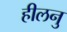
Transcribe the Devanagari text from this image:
हीलनु